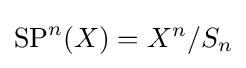
\operatorname {SP} ^{n}(X)=X^{n}/S_{n}